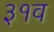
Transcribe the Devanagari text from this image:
३१व